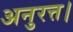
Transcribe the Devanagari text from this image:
अनुरत्त।